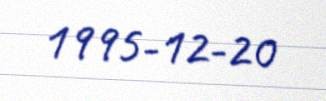
1995-12-20